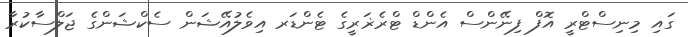
ގައި މިނިސްޓްރީ އޮފް ފިނޭންސް އެންޑް ޓްރެޜަރީގެ ޓެންޑަރ އިވެލުއޭޝަން ސެކްޝަންގެ ޖަލްސާކުރާ